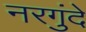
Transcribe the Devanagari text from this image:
नरगुंदे